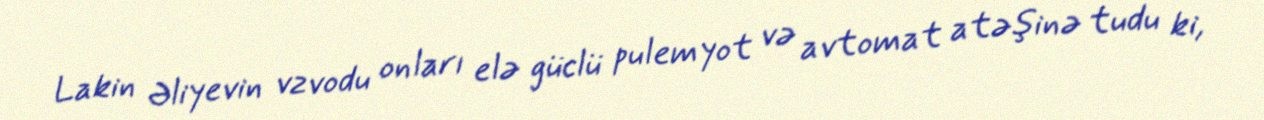
Lakin Əliyevin vzvodu onları elə güclü pulemyot və avtomat atəşinə tudu ki,